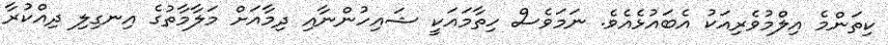
ކިތަންމެ އިލްމުވެރިއަކު އެބައުޅެއެވެ. ނަމަވެސް ހިތާމައަކީ ޝައިހުންނާއި ދިމާއަށް މަލާމާތުގެ އިނގިލި ދިއްކުރާ